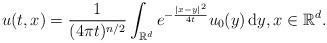
LaTeX: \begin{align*}u(t,x)=\frac{1}{(4\pi t)^{n/2}}\int_{\mathbb{R}^d}e^{-\frac{|x-y|^2}{4t}}u_0(y)\,\mathrm dy, x\in \mathbb{R}^d.\end{align*}